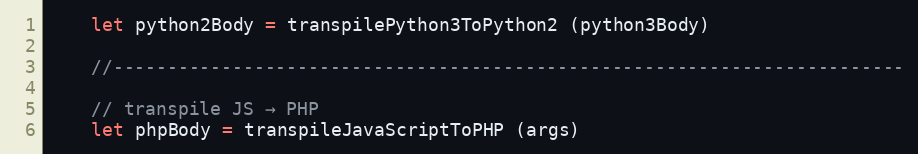
Language: JavaScript
    let python2Body = transpilePython3ToPython2 (python3Body)

    //-------------------------------------------------------------------------

    // transpile JS → PHP
    let phpBody = transpileJavaScriptToPHP (args)